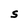
Character: S